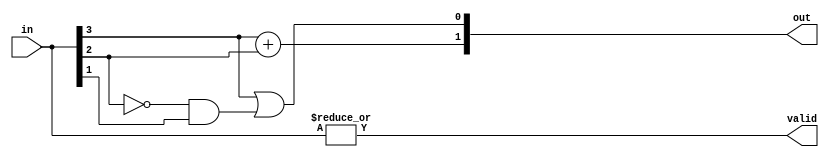
module priority_encoder_4to2(output [1:0]out, output valid, input [3:0]in);

assign out[1] = in[3] + in[2];
assign out[0] = in[3] | (~in[2]&in[1]);
assign valid = |in;

endmodule



module priority_encoder_dectobin(output [3:0]out, output valid, input [9:0]in);

assign valid = |in;
assign out[3] = in[9] | in[8];
assign out[2] = (~in[9]&(~in[8])) &( in[7] | in[6] | in[5] | in[4]);
assign out[1] = (~in[9]&(~in[8]))&((in[7] | in[6]) | (~in[5]&(~in[4])) &(in[3] | in[2]));
assign out[0] = in[9] | 
                (~in[9]&(~in[8])&(in[7] | 
                (~in[7]&(~in[6])&(in[5] |
                (~in[5]&(~in[4])&(in[3] |
                (~in[3]&(~in[2])&(in[1]))
                ))))));

endmodule